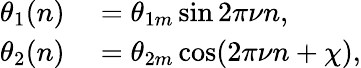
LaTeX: \begin{array}{rl}{\theta_{1}(n)}&{{}=\theta_{1m}\sin 2\pi\nu n,}\\ {\theta_{2}(n)}&{{}=\theta_{2m}\cos(2\pi\nu n+\chi),}\end{array}